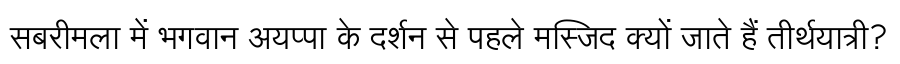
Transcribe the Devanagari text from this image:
सबरीमला में भगवान अयप्पा के दर्शन से पहले मस्जिद क्यों जाते हैं तीर्थयात्री?